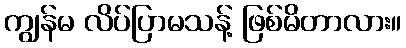
ကျွန်မ လိပ်ပြာမသန့် ဖြစ်မိတာလား။